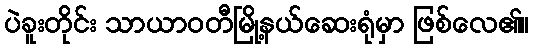
ပဲခူးတိုင်း သာယာဝတီမြို့နယ်ဆေးရုံမှာ ဖြစ်လေ၏။